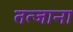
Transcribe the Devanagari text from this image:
तत्जाना